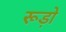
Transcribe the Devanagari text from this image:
रूड़ो